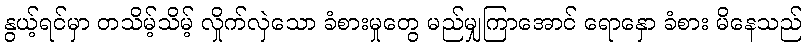
နွယ့်ရင်မှာ တသိမ့်သိမ့် လှိုက်လှဲသော ခံစားမှုတွေ မည်မျှကြာအောင် ရောနှော ခံစား မိနေသည်